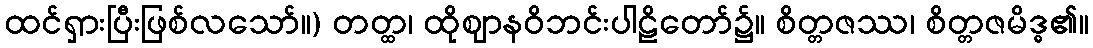
ထင်ရှားပြီးဖြစ်လသော်။) တတ္ထ၊ ထိုဈာနဝိဘင်းပါဠိတော်၌။ စိတ္တဇဿ၊ စိတ္တဇမိဒ္ဓ၏။